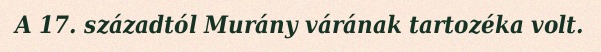
A 17. századtól Murány várának tartozéka volt.